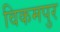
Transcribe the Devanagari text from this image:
विकमपुर